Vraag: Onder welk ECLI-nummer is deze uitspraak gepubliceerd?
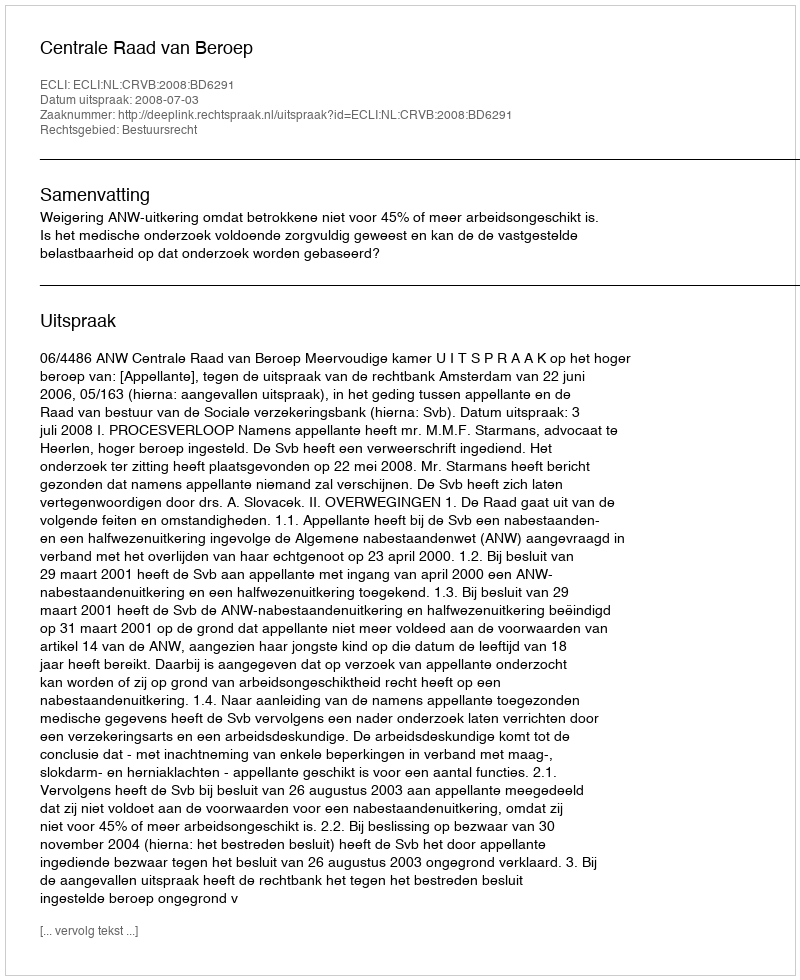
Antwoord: ECLI:NL:CRVB:2008:BD6291